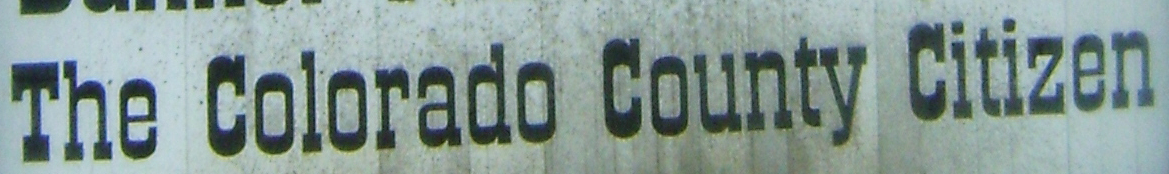
The Colorado County Citizen